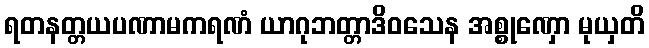
ရတနတ္တယပဏာမကရဏံ ယာဂုဘတ္တာဒိဝသေန အစ္စုဏှော မုယှတိ